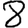
Digit: 8